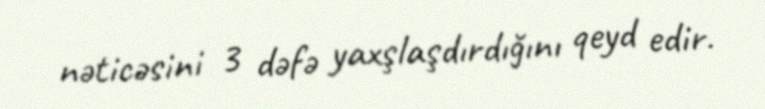
nəticəsini 3 dəfə yaxşlaşdırdığını qeyd edir.